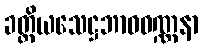
ခတ္တိယသေဋ္ဌဘာဝဝဏ္ဏနာ